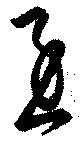
急